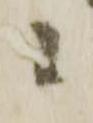
候